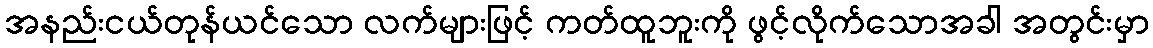
အနည်းငယ်တုန်ယင်သော လက်များဖြင့် ကတ်ထူဘူးကို ဖွင့်လိုက်သောအခါ အတွင်းမှာ